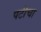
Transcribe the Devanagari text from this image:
पटीचा